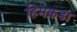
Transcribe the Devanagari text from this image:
हिमकडा